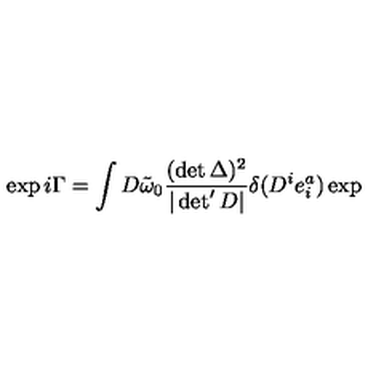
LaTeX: \exp i \Gamma = \int D \tilde { \omega } _ { 0 } \frac { ( \det \Delta ) ^ { 2 } } { | \det ^ { \prime } D | } \delta ( D ^ { i } e _ { i } ^ { a } ) \exp